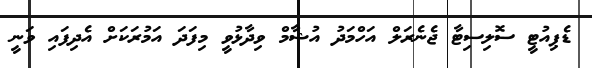
ޑެޕިއުޓީ ސޮލިސިޓާ ޖެނެރަލް އަހްމަދު އުޝާމް ވިދާޅުވީ މިފަދަ އަމުރަކަށް އެދިފައި ވަނީ